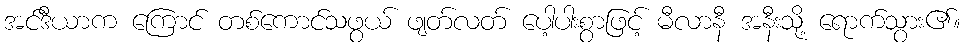
အင်ဒီယာက ကြောင် တစ်ကောင်သဖွယ် ဖျတ်လတ် ပေါ့ပါးစွာဖြင့် မီလာနီ အနီးသို့ ရောက်သွား၏။